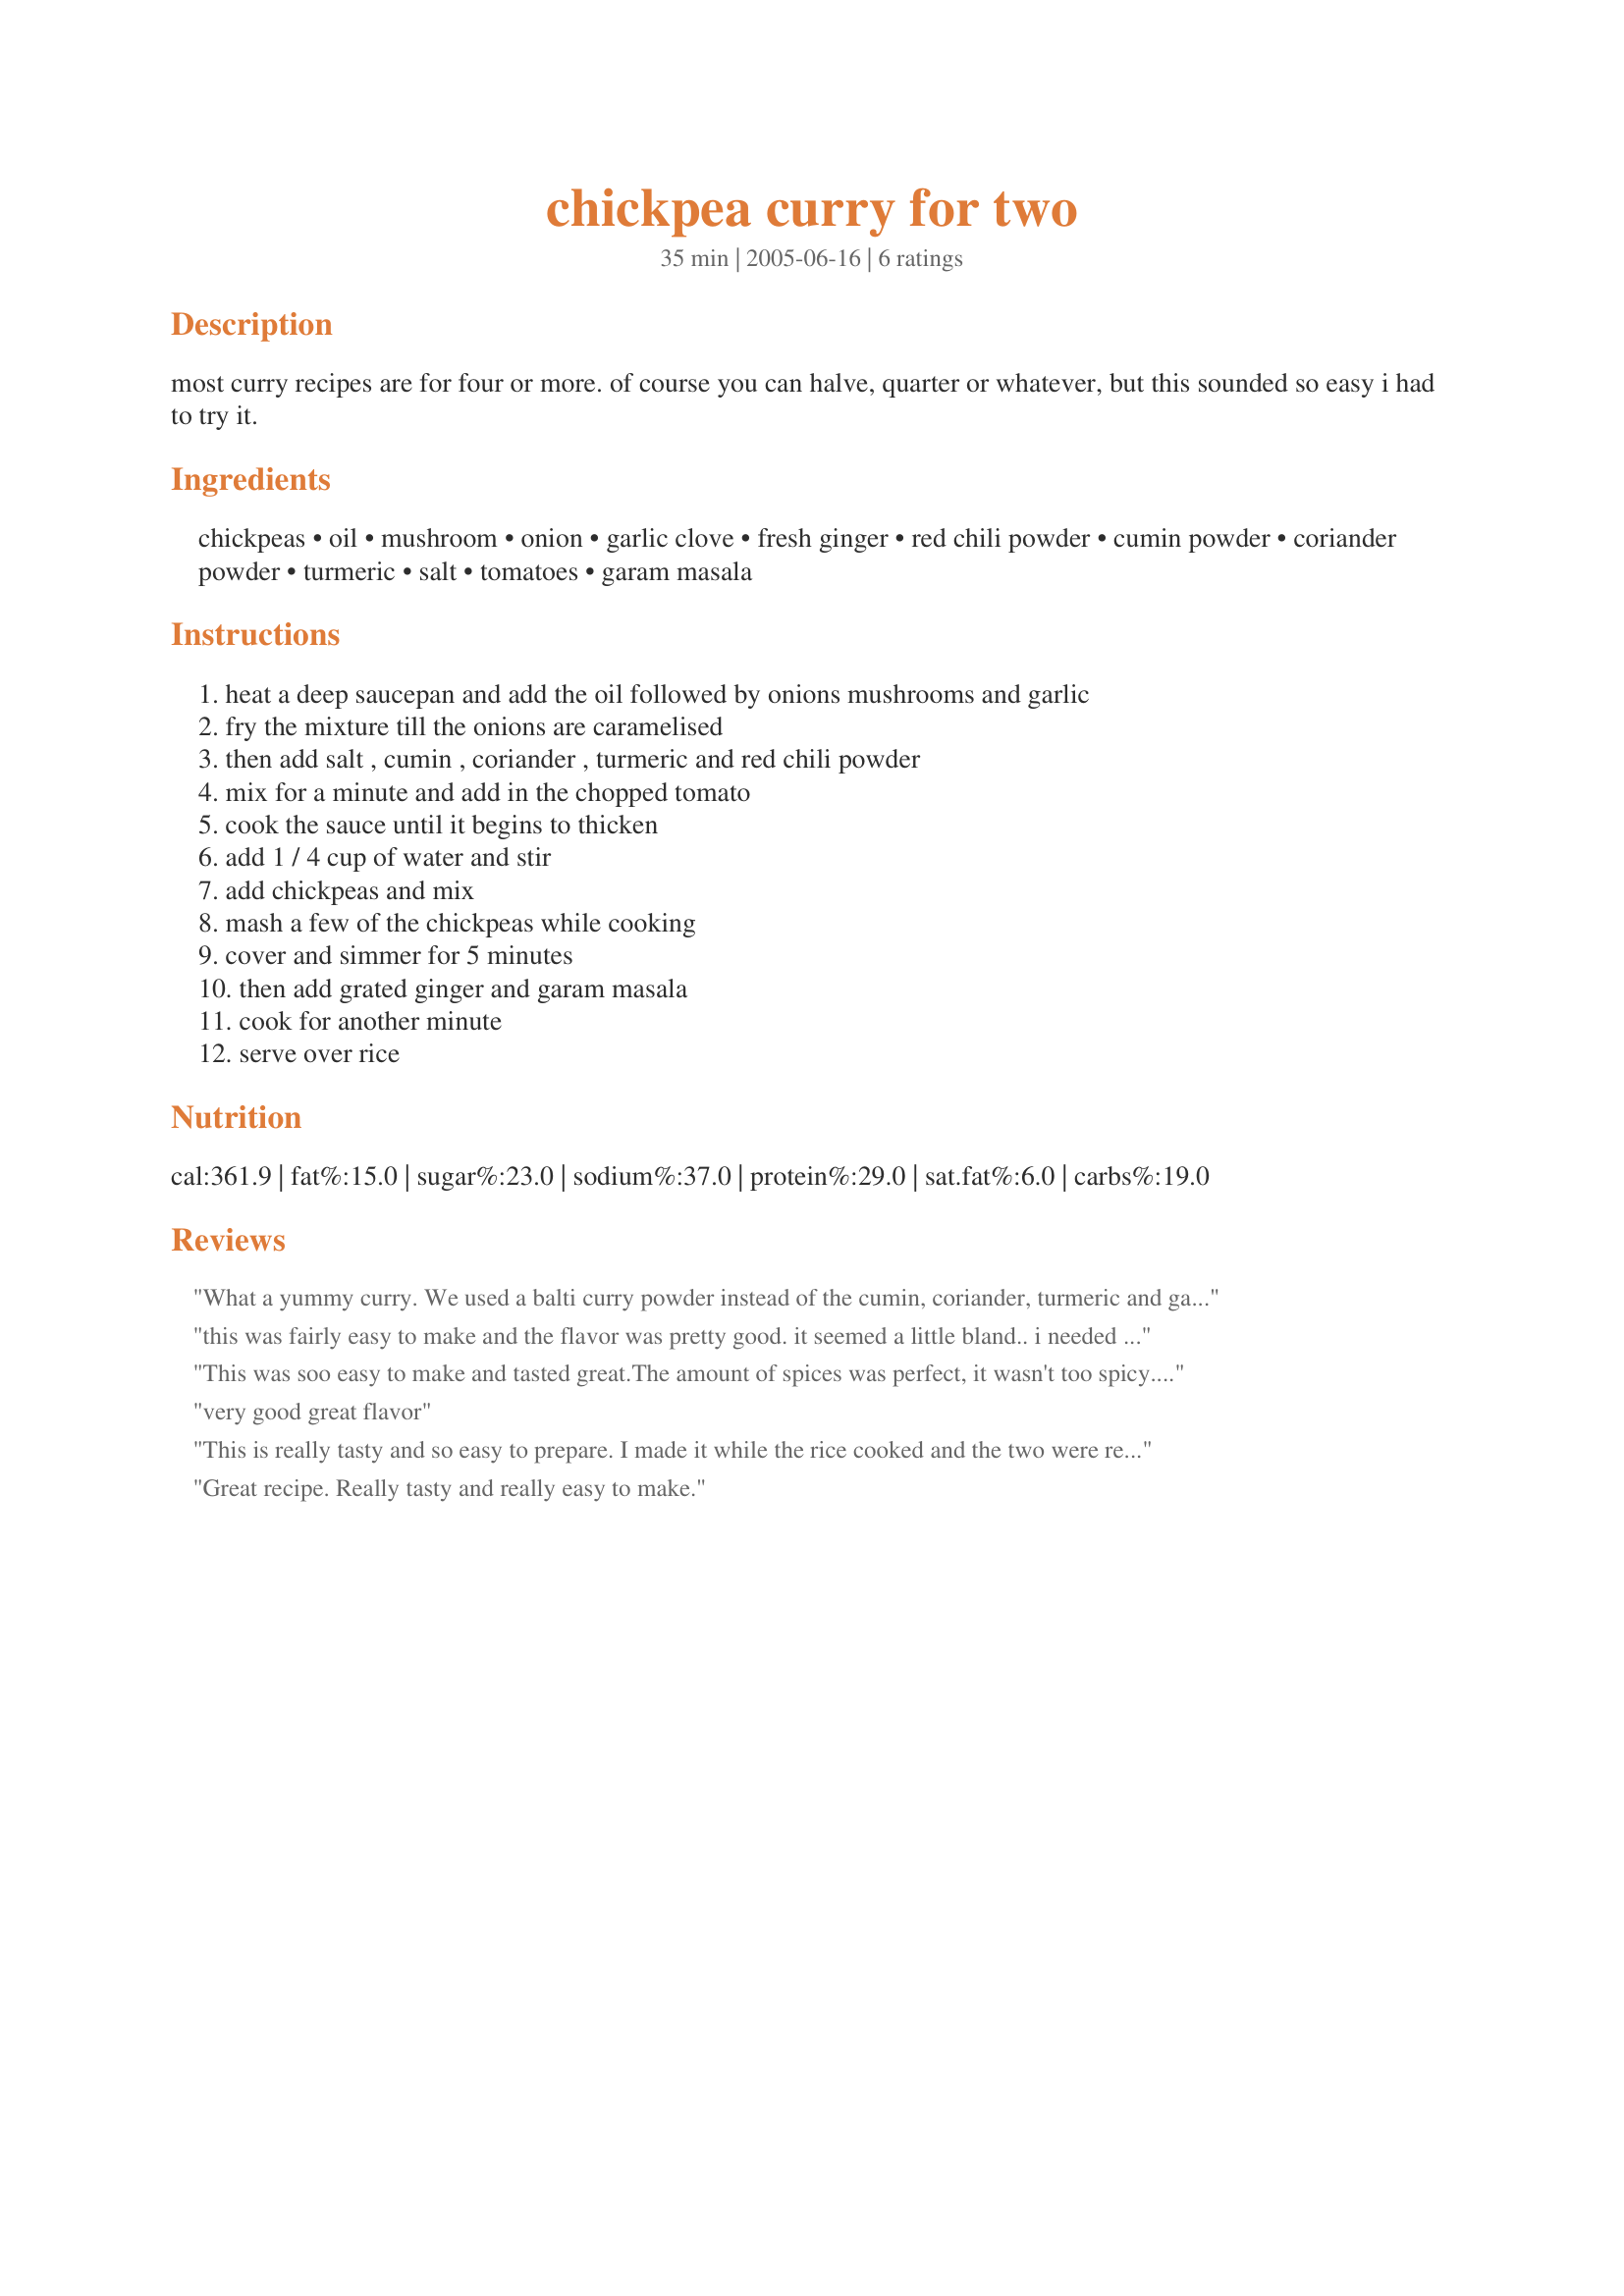
chickpea curry for two
Preparation time: 35 minutes

most curry recipes are for four or more. of course you can halve, quarter or whatever, but this sounded so easy i had to try it.

Ingredients:
chickpeas, oil, mushroom, onion, garlic clove, fresh ginger, red chili powder, cumin powder, coriander powder, turmeric, salt, tomatoes, garam masala

Steps:
heat a deep saucepan and add the oil followed by onions mushrooms and garlic, fry the mixture till the onions are caramelised, then add salt , cumin , coriander , turmeric and red chili powder, mix for a minute and add in the chopped tomato, cook the sauce until it begins to thicken, add 1 / 4 cup of water and stir, add chickpeas and mix, mash a few of the chickpeas while cooking, cover and simmer for 5 minutes, then add grated ginger and garam masala, cook for another minute, serve over rice

Reviews:
What a yummy curry. We used a balti curry powder instead of the cumin, coriander, turmeric and garam masala. Otherwise we followed the directions and then feasted on a vegetarian delight. It fed three of us happily alongside another curry and rice. Thanks for a healthy and easy-to-make dish.
this was fairly easy to make and the flavor was pretty good. it seemed a little bland.. i needed to add more salt. just alone its alright but we found that sticking it in a pita made it a lot better. i also added a small potatoe cubed and i loved that. we found that we could have fed more than two with this dish though, especially if you have rice and pita bread. its a very healthy yummy recipe. thank you.
This was soo easy to make and tasted great.The amount of spices was perfect, it wasn't too spicy. I Will make this dish again.
very good great flavor
This is really tasty and so easy to prepare. I made it while the rice cooked and the two were ready at the same time. It was sufficient for my husband and me and I will have enough to take to work for lunch.
Great recipe. Really tasty and really easy to make.
